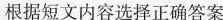
根据短文内容选择正确答案